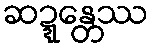
ဆဍ္ဍေန္တဿ